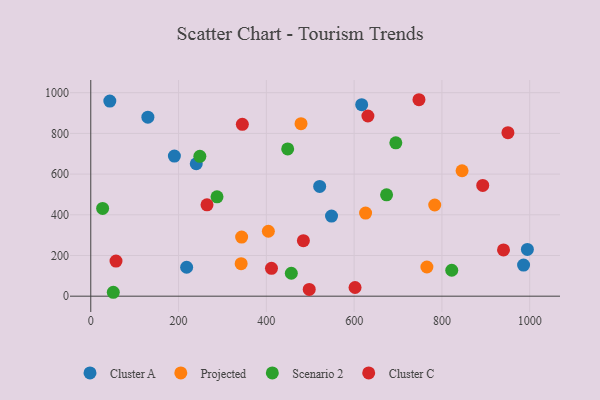
{"axis": {"x": "Ad Spend", "y": "Profit"}, "legend": ["Cluster A", "Cluster C", "Projected", "Scenario 2"], "data": [{"x": "43.4", "y": 958.8, "type": "Cluster A"}, {"x": "218.4", "y": 142.1, "type": "Cluster A"}, {"x": "617.2", "y": 941.0, "type": "Cluster A"}, {"x": "190.5", "y": 688.8, "type": "Cluster A"}, {"x": "548.5", "y": 393.6, "type": "Cluster A"}, {"x": "130.1", "y": 879.6, "type": "Cluster A"}, {"x": "986.0", "y": 153.1, "type": "Cluster A"}, {"x": "240.3", "y": 650.8, "type": "Cluster A"}, {"x": "521.5", "y": 539.5, "type": "Cluster A"}, {"x": "994.7", "y": 230.0, "type": "Cluster A"}, {"x": "765.8", "y": 143.3, "type": "Projected"}, {"x": "783.6", "y": 448.2, "type": "Projected"}, {"x": "342.6", "y": 159.9, "type": "Projected"}, {"x": "404.6", "y": 319.1, "type": "Projected"}, {"x": "343.7", "y": 290.3, "type": "Projected"}, {"x": "845.9", "y": 616.4, "type": "Projected"}, {"x": "479.0", "y": 847.8, "type": "Projected"}, {"x": "626.1", "y": 408.4, "type": "Projected"}, {"x": "448.6", "y": 723.9, "type": "Scenario 2"}, {"x": "673.9", "y": 498.3, "type": "Scenario 2"}, {"x": "456.9", "y": 112.7, "type": "Scenario 2"}, {"x": "27.0", "y": 431.3, "type": "Scenario 2"}, {"x": "287.6", "y": 488.3, "type": "Scenario 2"}, {"x": "51.3", "y": 19.2, "type": "Scenario 2"}, {"x": "822.4", "y": 127.4, "type": "Scenario 2"}, {"x": "248.5", "y": 687.5, "type": "Scenario 2"}, {"x": "695.0", "y": 753.6, "type": "Scenario 2"}, {"x": "602.1", "y": 42.7, "type": "Cluster C"}, {"x": "747.7", "y": 965.5, "type": "Cluster C"}, {"x": "940.3", "y": 227.5, "type": "Cluster C"}, {"x": "57.5", "y": 172.4, "type": "Cluster C"}, {"x": "631.4", "y": 885.6, "type": "Cluster C"}, {"x": "497.7", "y": 33.3, "type": "Cluster C"}, {"x": "893.0", "y": 544.4, "type": "Cluster C"}, {"x": "345.3", "y": 844.8, "type": "Cluster C"}, {"x": "950.4", "y": 803.5, "type": "Cluster C"}, {"x": "484.4", "y": 272.9, "type": "Cluster C"}, {"x": "411.7", "y": 136.8, "type": "Cluster C"}, {"x": "264.8", "y": 448.9, "type": "Cluster C"}]}